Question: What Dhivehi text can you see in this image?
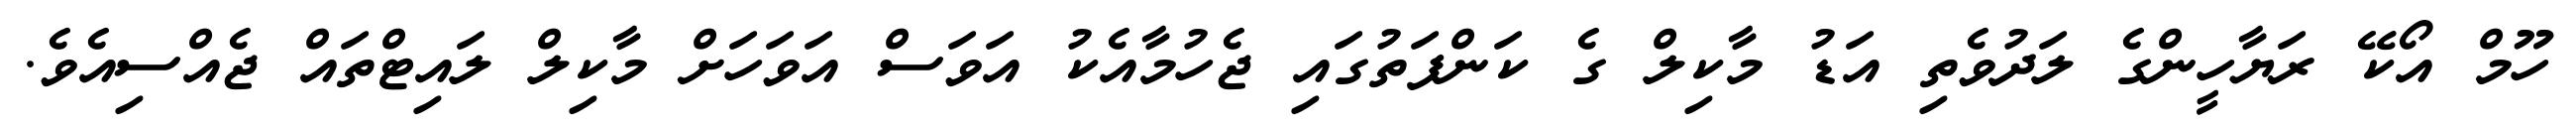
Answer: ހޫމް އޯކޭ ރަޔާހީންގެ ލަދުވެތި އަޑު މާކިލް ގެ ކަންފަތުގައި ޖެހުމާއެކު އަވަސް އަވަހަށް މާކިލް ލައިޓްތައް ޖެއްސިއެވެ.